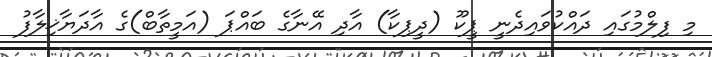
މި ފިލްމުގައި ދައްކުވައިދެނީ ޕީކޫ (ދީޕިކާ) އާދި އޭނާގެ ބައްޕަ (އަމީތާބް)ގެ އާދަޔާޚިލާފު